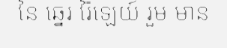
នៃ ឆ្នេរ រ៉ៃឡេយ៍ រួម មាន